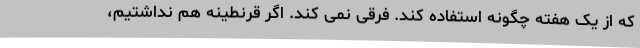
که از یک هفته چگونه استفاده کند. فرقی نمی کند. اگر قرنطینه هم نداشتیم،